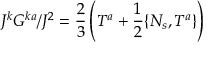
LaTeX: J ^ { k } G ^ { k a } / J ^ { 2 } = \frac 2 3 \left( T ^ { a } + \frac 1 2 \{ N _ { s } , T ^ { a } \} \right)